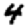
Digit: 4